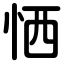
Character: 恓